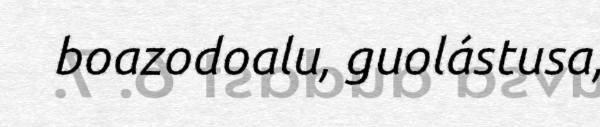
boazodoalu, guolástusa,